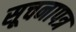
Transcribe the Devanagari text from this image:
सूचनापत्र